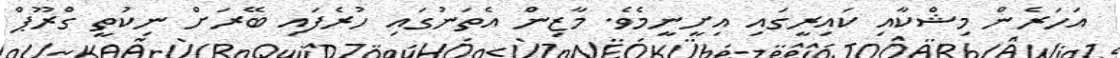
އަހަރެން މިޝްކާއި ކައިރީގައި އިށީނީމެވެ. މާޒިން އެތަނުގައި ހުރެފައި ބޭރަށް ނިކުތީ ގްރޫޕް